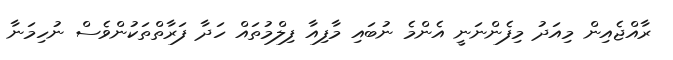
ރާއްޖެއިން މިއަދު މިފެންނަނީ އެންމެ ނުބައި މާފިއާ ފިލްމުތައް ހަދާ ފަރާތްތަކުންވެސް ނުހިމަނާ